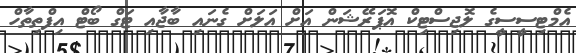
އެމްޓިސީސީގެ ލޮޖިސްޓިކް އޮޕަރޭޝަން އަށް އަލަށް ގެނައި ބާޖާއި ޓަގް ބޯޓް އިފްތިތާހް